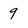
Character: 9